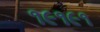
૧૯૧૯૧